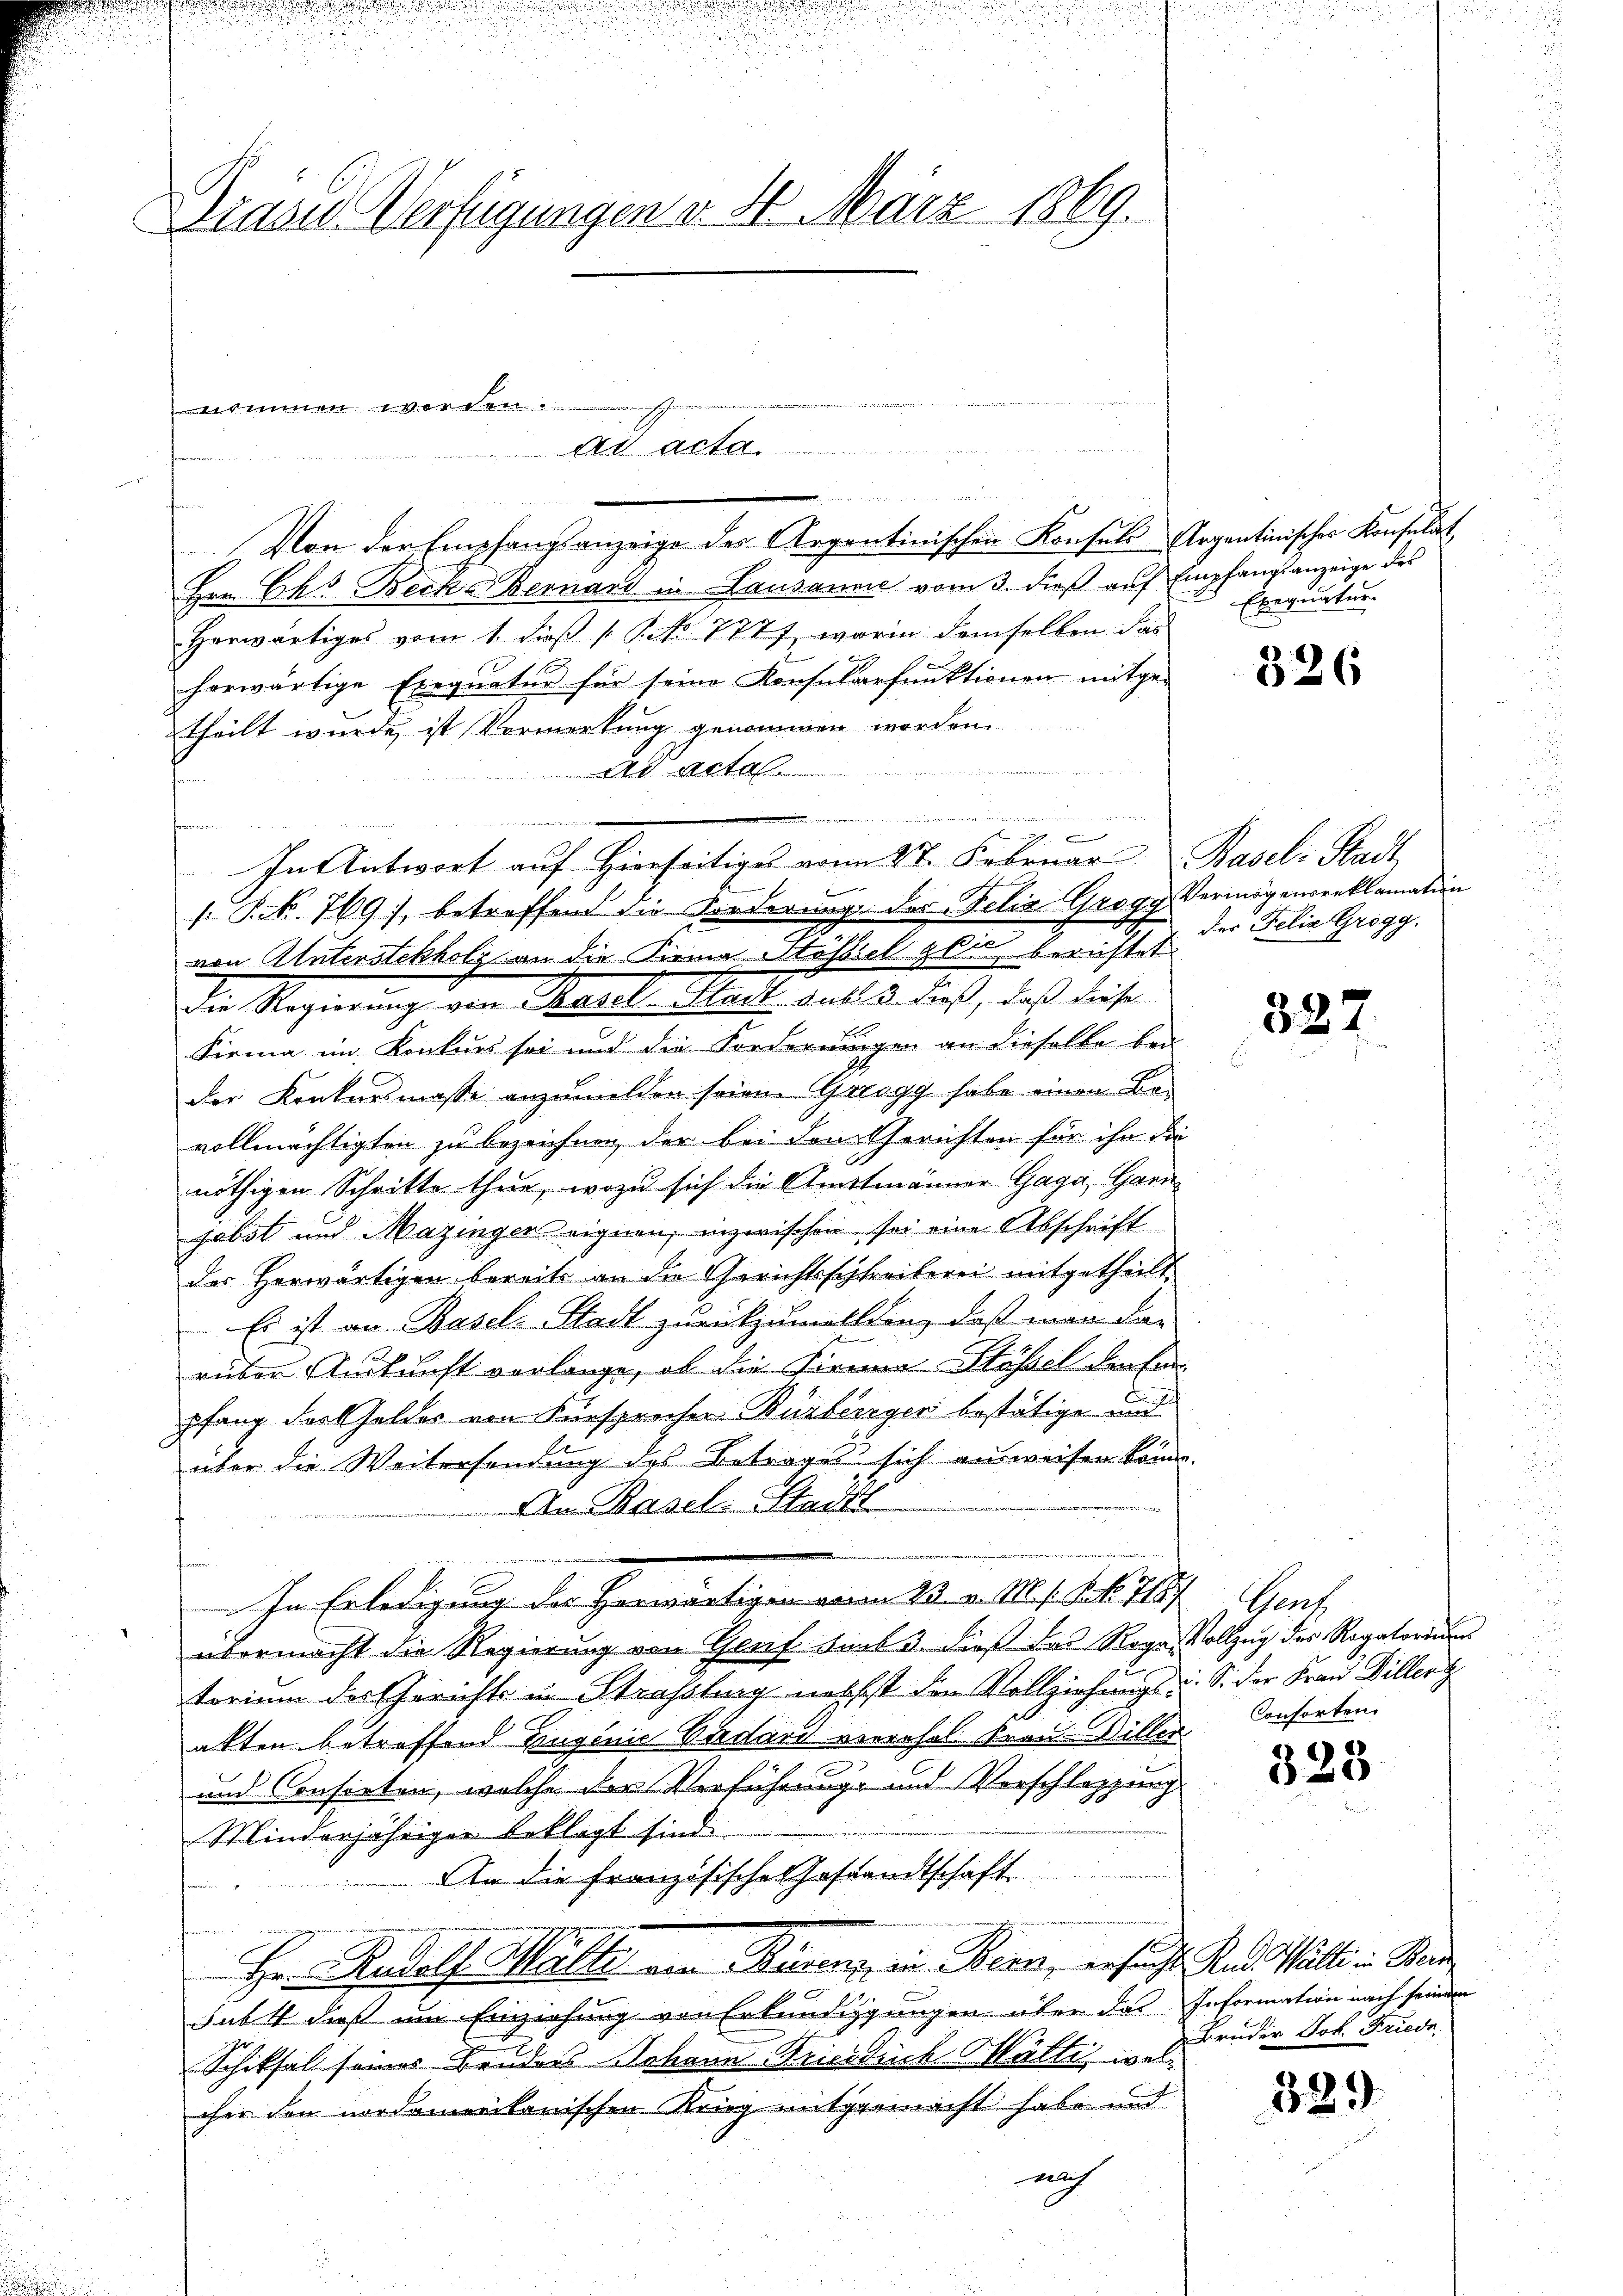
Präses Verfügungen v. 4. März 1869.

nommen worden.

wet, das ist und dieser aus der einheit eineren de

ad acta.

Von der Empfangsanzeige des Argentinischen Konsuls Argentinischer Konsulat
Hrn. Ch. Becke Bernard in Lausanne vom 3. dieß auf Empfangsanzeige des
Herwärtiges vom 1. dieß 1 S. No 7777, worin demselben das
herwärtige Exequatur für seine Konsularfunktionen mitge-
theilt wurde ist Vormerkung genommen worden
ad acta
n
Dritt be
|
In Antwort auf Hierseitiges vom 27. Februar Basel-Stadt
/. P. Nr. 769), betreffend die Forderung der Felix Grogy Vermögensreklamation
von Unterstckholz an die Firma Stössel gli berichtet.
Die Regierung von Rasel-Stadt sub. 2. dieß, daß diese
Firma im Konkurs sei und die Forderungen an dieselbe bei-
der Konkursmasse anzumelden seien. Gerogg habe einen Bevollmächtigten zu bezeichnen, der bei den Gerichten für ihn die
nöthigen Schritte thur, wozu sich die Amtmänner Gaga, Garn
jabst und Mazinger eignen, inzwischen, sei eine Abschrift
des Herwärtigen bereits an die Gerichtsschreiberei mitgetheilt.
Es ist an Basel: Stadt zurückzumellten, daß man da-
rüber Ankunft vorlange, ob die Kiena Stössel darfen
pfang Fort Geldes von Fürsprocher Bürberger bestätige und
über die Weitersendung des Betrages sich ausweisen könne.
An Basel-Stadt
In Erledigung der Herwärtigen vom 13. v. 181. 86. 118. Genf
übermacht die Regierung von Genf bis 3. dieß das Roga Vollzug des Rogatoriums
torium des Gericht in Strassburg nebst den Vollziehungs u. S. der Frau Viller z
akten betreffend Eingenie Bisard vierehel. Frau Willen.
und Consirten, welche der Verführung und Vorschleppung
Minderjährigen beklagt sind.
An die französische Gestandtschaft
Hr. Rudolf Malte am Rasen, in Bern, ersucht und Walte in Ben
subst dieß um Einziehung von Erkundigungen über das Information nach seinem
Schiksal seines Bruders Johann Friedrich Walli, welcher den nordamerikanischen Krieg mitgemacht habe und
nich

Exequatur.

326

der Felia Grogg.

327.

Conforten.

323.

Bruder Joh. Friede

389